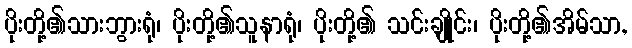
ပိုးတို့၏သားဘွားရုံ၊ ပိုးတို့၏သူနာရုံ၊ ပိုးတို့၏ သင်းချိုင်း၊ ပိုးတို့၏အိမ်သာ,